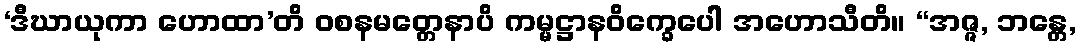
‘ဒီဃာယုကာ ဟောထာ’တိ ဝစနမတ္တေနာပိ ကမ္မဋ္ဌာနဝိက္ခေပေါ အဟောသီတိ။ “အဇ္ဇ, ဘန္တေ,